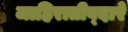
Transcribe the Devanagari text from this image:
जाहिरातीव्दारे